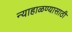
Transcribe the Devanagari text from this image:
न्याहाळण्यासाठी